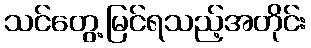
သင်တွေ့မြင်ရသည့်အတိုင်း